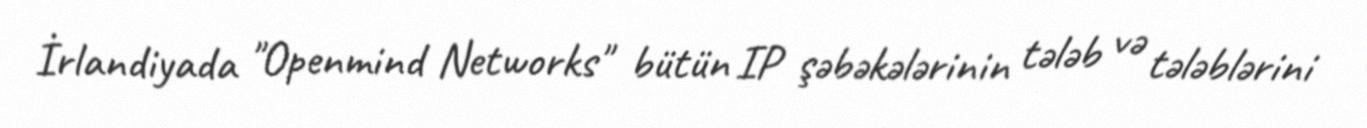
İrlandiyada "Openmind Networks" bütün IP şəbəkələrinin tələb və tələblərini